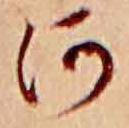
河